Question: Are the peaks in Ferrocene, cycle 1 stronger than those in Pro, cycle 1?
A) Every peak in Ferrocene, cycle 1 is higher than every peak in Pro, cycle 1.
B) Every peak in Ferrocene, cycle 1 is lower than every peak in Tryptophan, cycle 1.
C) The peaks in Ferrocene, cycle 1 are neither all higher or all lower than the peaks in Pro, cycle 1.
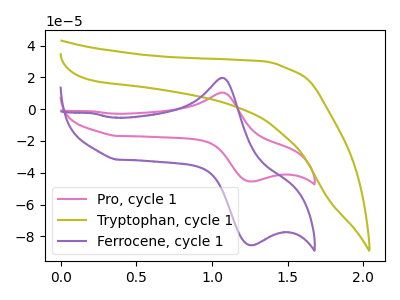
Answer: <think>The pink curve "Pro, cycle 1" has an anodic peak at (1.05V, 10.45uA) and a cathodic peak at (1.25V, -45.45uA). The olive curve "Tryptophan, cycle 1" has no peaks. The purple curve "Ferrocene, cycle 1" has an anodic peak at (1.05V, 19.70uA) and a cathodic peak at (1.25V, -85.50uA).</think>
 <answer>A) Every peak in "Ferrocene, cycle 1" is higher than every peak in "Pro, cycle 1".</answer>
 <eval>A</eval>